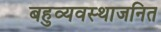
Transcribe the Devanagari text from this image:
बहुव्यवस्थाजनित